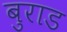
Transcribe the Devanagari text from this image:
बुराड